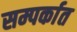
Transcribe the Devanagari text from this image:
सम्पर्कात